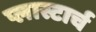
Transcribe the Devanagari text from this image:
प्लास्टार्च